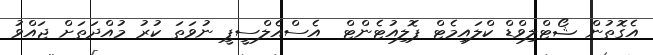
އެގޮތުން ޝޯޓްލިވްޑް ކްލައިމެޓް ޕޮލިއުޓެންޓް  އެސްއެލްސީޕީ ނުވަތަ ކުރު މުއްދަތަށް ޖައްވު